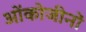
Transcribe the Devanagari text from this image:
ओंकोजीनों